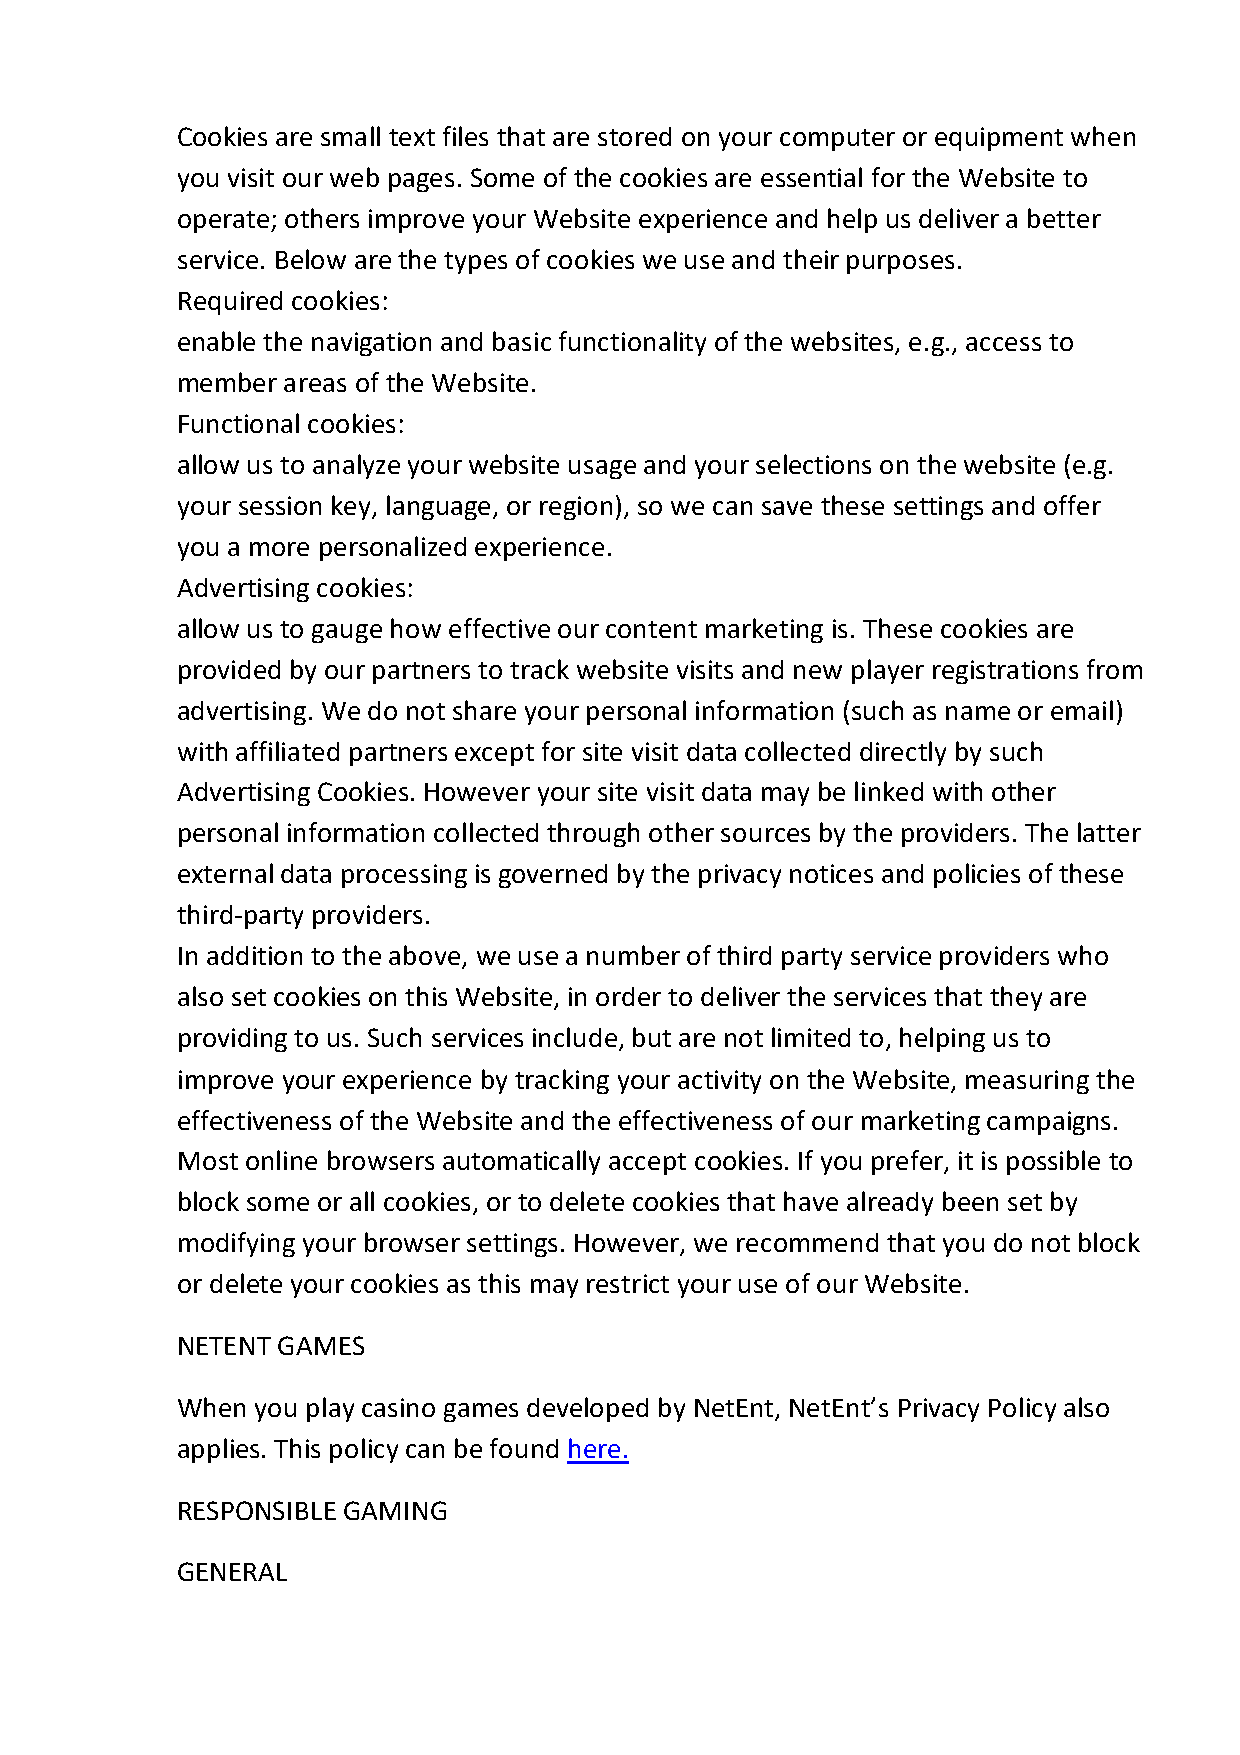
Cookies are small text files that are stored on your computer or equipment when
 you visit our web pages. Some of the cookies are essential for the Website to
 operate; others improve your Website experience and help us deliver a better
 service. Below are the types of cookies we use and their purposes.
 Required cookies:
 enable the navigation and basic functionality of the websites, e.g., access to
 member areas of the Website.
 Functional cookies:
 allow us to analyze your website usage and your selections on the website (e.g.
 your session key, language, or region), so we can save these settings and offer
 you a more personalized experience.
 Advertising cookies:
 allow us to gauge how effective our content marketing is. These cookies are
 provided by our partners to track website visits and new player registrations from
 advertising. We do not share your personal information (such as name or email)
 with affiliated partners except for site visit data collected directly by such
 Advertising Cookies. However your site visit data may be linked with other
 personal information collected through other sources by the providers. The latter
 external data processing is governed by the privacy notices and policies of these
 third-party providers.
 In addition to the above, we use a number of third party service providers who
 also set cookies on this Website, in order to deliver the services that they are
 providing to us. Such services include, but are not limited to, helping us to
 improve your experience by tracking your activity on the Website, measuring the
 effectiveness of the Website and the effectiveness of our marketing campaigns.
 Most online browsers automatically accept cookies. If you prefer, it is possible to
 block some or all cookies, or to delete cookies that have already been set by
 modifying your browser settings. However, we recommend that you do not block
 or delete your cookies as this may restrict your use of our Website.
 NETENT GAMES
 When you play casino games developed by NetEnt, NetEnt’s Privacy Policy also
 applies. This policy can be found here.
 RESPONSIBLE GAMING
 GENERAL